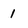
Character: I